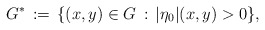
\begin{align*}G^*\,:=\,\{(x,y)\in G\,:\, |\eta_0|(x,y)>0\}, \end{align*}